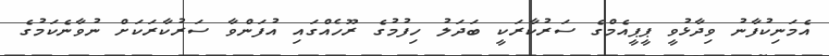
އެމަނިކުފާނު ވިދާޅުވީ ޕީޕީއެމްގެ ސަރުކާރަކީ ބަދަލު ހިފުމުގެ ރޫހެއްގައި އުފަންވާ ސަރުކާރަކަށް ނުވާނެކަމުގެ